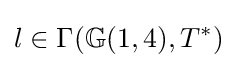
l\in \Gamma (\mathbb {G} (1,4),T^{*})